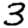
Digit: 3